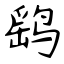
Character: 鹞